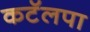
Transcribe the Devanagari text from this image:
कटॅलपा